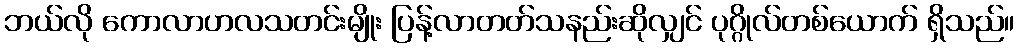
ဘယ်လို ကောလာဟလသတင်းမျိုး ပြန့်လာတတ်သနည်းဆိုလျှင် ပုဂ္ဂိုလ်တစ်ယောက် ရှိသည်။